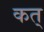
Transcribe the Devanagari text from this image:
कत्